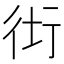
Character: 𧗥